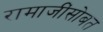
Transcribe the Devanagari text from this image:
रामाजींसोबत